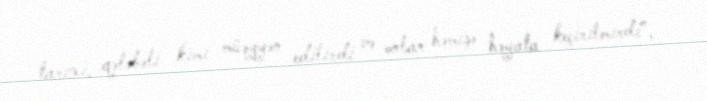
tarixi, qələbəli kimi müəyyən edilirdi və onlar həmişə həyata keçirilmirdi”, -